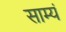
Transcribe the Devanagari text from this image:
साम्यं